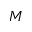
M